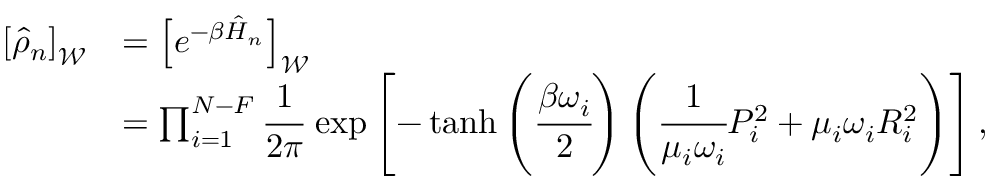
\begin{array} { r l } { \left[ \hat { \rho } _ { n } \right] _ { \mathcal { W } } } & { = \left[ e ^ { - \beta \hat { H } _ { n } } \right] _ { \mathcal { W } } } \\ & { = \prod _ { i = 1 } ^ { N - F } \cfrac { 1 } { 2 \pi } \, \exp \left[ - \operatorname { t a n h } \left( \cfrac { \beta \omega _ { i } } { 2 } \right) \left( \cfrac { 1 } { \mu _ { i } \omega _ { i } } P _ { i } ^ { 2 } + \mu _ { i } \omega _ { i } R _ { i } ^ { 2 } \right) \right] , } \end{array}